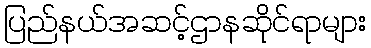
ပြည်နယ်အဆင့်ဌာနဆိုင်ရာများ